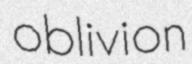
oblivion